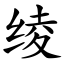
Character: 绫